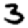
Digit: 3